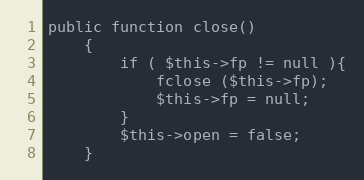
Language: PHP
public function close()
    {
        if ( $this->fp != null ){
            fclose ($this->fp);
            $this->fp = null;
        }
        $this->open = false;
    }